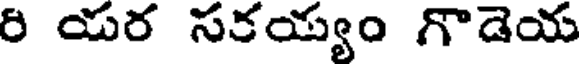
రి యర సకయ్యం గొడెయ